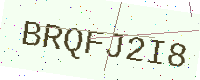
Text: BRQFJ2I8